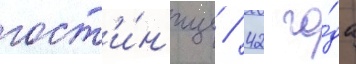
гост'и́н'ице / 42 го́да